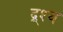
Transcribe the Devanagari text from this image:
द्र्श्य